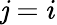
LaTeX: \mathit{j}=i